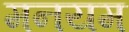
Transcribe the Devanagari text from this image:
मनयम